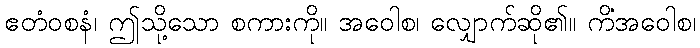
ဧတံဝစနံ၊ ဤသို့သော စကားကို။ အဝေါစ၊ လျှောက်ဆို၏။ ကိံအဝေါစ၊